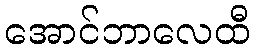
အောင်ဘာလေထီ